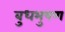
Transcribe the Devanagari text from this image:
बुधभुषण